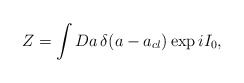
\begin{align*}Z = \int Da\, \delta(a - a_{cl})\exp iI_{0},\end{align*}